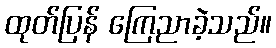
ထုတ်ပြန် ကြေညာခဲ့သည်။